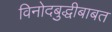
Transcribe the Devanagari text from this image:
विनोदबुद्धीबाबत